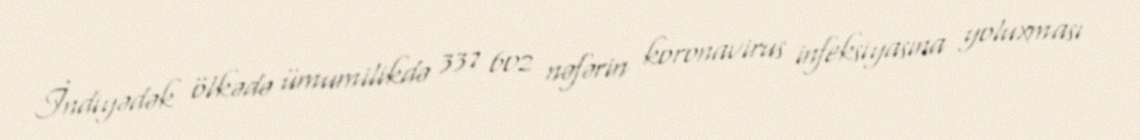
İndiyədək ölkədə ümumilikdə 337 602 nəfərin koronavirus infeksiyasına yoluxması